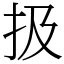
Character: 扱